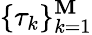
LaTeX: \{ \tau_{k}\} _{k=1}^{\mathbf{M}}